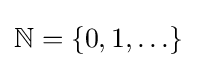
\mathbb {N} =\left\{0,1,{\ldots }\right\}